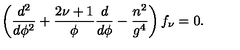
\left( \frac { d ^ { 2 } } { d \phi ^ { 2 } } + \frac { 2 \nu + 1 } { \phi } \frac { d } { d \phi } - \frac { n ^ { 2 } } { g ^ { 4 } } \right) f _ { \nu } = 0 .